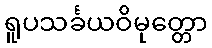
ရူပသင်္ခယဝိမုတ္တော